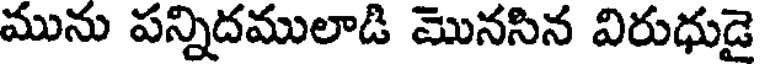
మును పన్నిదములాడి మొనసిన విరుధుడై